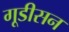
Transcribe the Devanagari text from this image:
गूडीसन